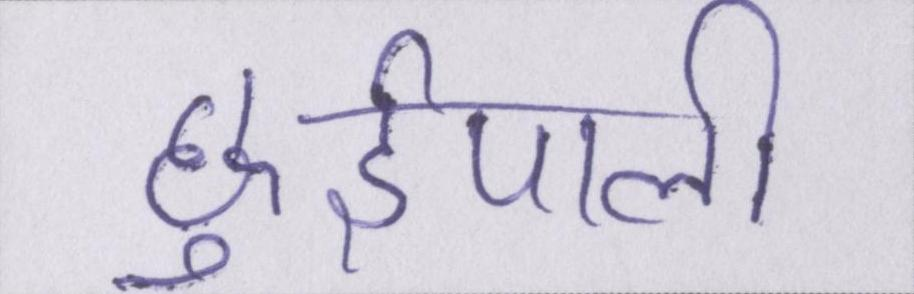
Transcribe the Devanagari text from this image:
छुईपाली